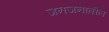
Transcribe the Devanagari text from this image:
जनजनातील